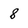
Character: 8